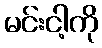
မင်းငါ့ကို